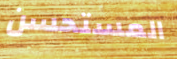
المستحسن